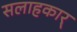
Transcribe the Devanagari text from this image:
सलाहकार्